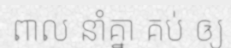
ពាល នាំគ្នា គប់ ឲ្យ